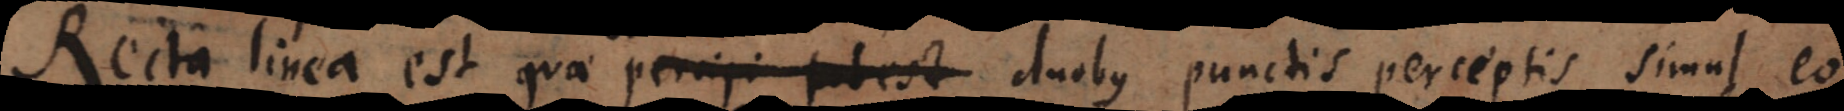
Recta linea est quae statim percipi potest punctis perceptis simul eo